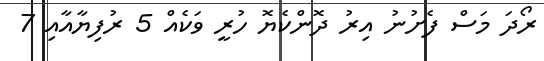
ރޯދަ މަސް ފެށުނު އިރު ދޮންކެޔޮ ހުރީ ވަކެއް 5 ރުފިޔާއާއި 7